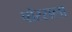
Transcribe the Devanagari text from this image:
पोरसला